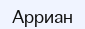
Арриан